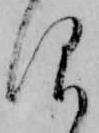
仰